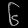
Digit: ၆